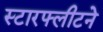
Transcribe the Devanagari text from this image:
स्टारफ्लीटने